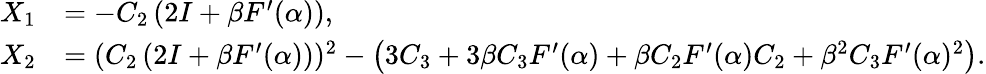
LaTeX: \begin{array}{rl}{X_{1}}&{=-C_{2}\left(2I+\beta F^{\prime}(\alpha)\right),}\\ {X_{2}}&{=(C_{2}\left(2I+\beta F^{\prime}(\alpha)\right))^{2}-\left(3C_{3}+3\beta C_{3}F^{\prime}(\alpha)+\beta C_{2}F^{\prime}(\alpha)C_{2}+\beta^{2}C_{3}F^{\prime}(\alpha)^{2}\right).}\end{array}